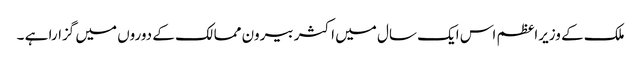
ملک کے وزیراعظم اس ایک سال میں اکثر بیرون ممالک کے دوروں میں گزارا ہے ۔